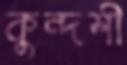
কুন্দশী